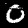
Digit: 0